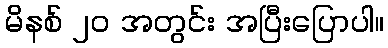
မိနစ် ၂၀ အတွင်း အပြီးပြောပါ။